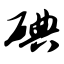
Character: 碘